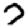
Digit: 7